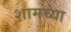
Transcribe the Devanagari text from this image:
शामच्या